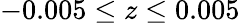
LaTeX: -0.005\le z\le 0.005